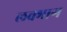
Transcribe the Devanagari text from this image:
लक्भाग